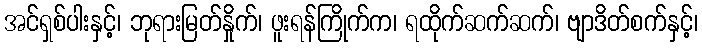
အင်ရှစ်ပါးနှင့်၊ ဘုရားမြတ်နှိုက်၊ ဖူးရန်ကြိုက်က၊ ရထိုက်ဆက်ဆက်၊ ဗျာဒိတ်စက်နှင့်၊